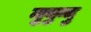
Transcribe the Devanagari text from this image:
मुबुन्दु